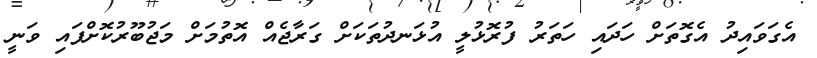
އެގަވައިދު އެގޮތަށް ހަދައި ހަތަރު ފުރޮޅުލީ އުޅަނދުތަކަށް ގަރާޖެއް އޮތުމަށް މަޖުބޫރުކޮށްފައި ވަނީ